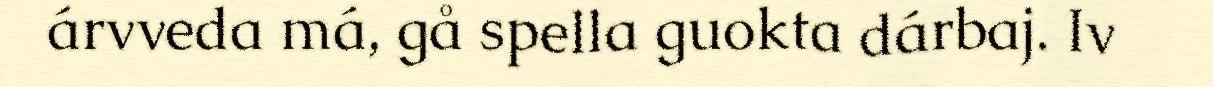
árvveda má, gå spella guokta dárbaj. Iv